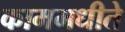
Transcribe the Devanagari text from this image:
काममधीते